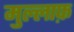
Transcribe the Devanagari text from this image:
मुल्लाफ़